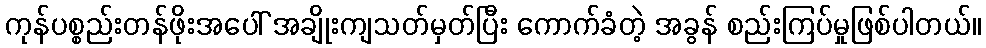
ကုန်ပစ္စည်းတန်ဖိုးအပေါ် အချိုးကျသတ်မှတ်ပြီး ကောက်ခံတဲ့ အခွန် စည်းကြပ်မှုဖြစ်ပါတယ်။